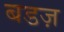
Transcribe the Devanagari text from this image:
बडज़